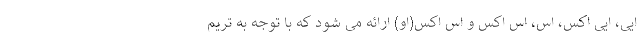
ایی، ایی اکس، اس، اس اکس و اس اکس(او) ارائه می شود که با توجه به تریم